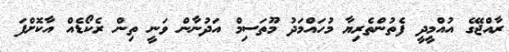
ރާއްޖޭގެ އުއްމީދީ ފެތުންތެރިޔާ މުހައްމަދު މޫތަސިމް އަދުނާން ވަނީ ތިން ރެކޯޑެއް އާކޮށްފަ